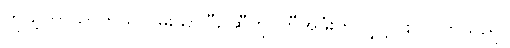
ကိုယ့်ဘာသာကိုယ် ဝမ်းသာပြီး ဆီတိုင်ကီအဖုံးကို လွှင့်ပစ် လိုက်သည်။